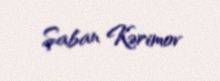
Şaban Kərimov